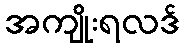
အကျိုးရလဒ်